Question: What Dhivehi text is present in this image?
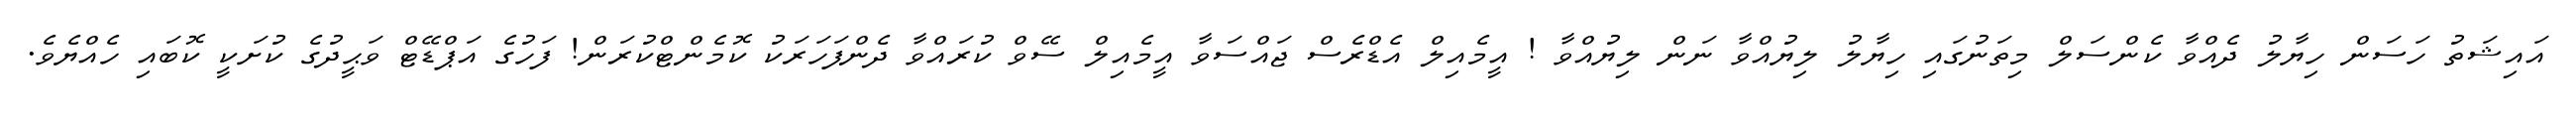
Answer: އައިޝަތު ހަސަން ހިޔާލު ދެއްވާ ކެންސަލް މިތަނުގައި ހިޔާލު ލިޔުއްވާ ނަން ލިޔުއްވާ ! އީމެއިލް އެޑްރެސް ޖައްސަވާ އީމެއިލް ސޭވް ކުރައްވާ ދެންފަހަރަކު ކޮމެންޓްކުރަން! ފަހުގެ އަޕްޑޭޓް ވަޙީދުގެ ކުށަކީ ކޮބައި ހެއްޔެވެ.